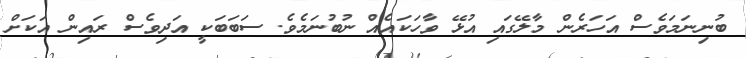
ބުނިނަމަވެސް އަހަރެން މާލޭގައި އުޅޭ ވާހަކައެއް ނުބުނަމެވެ. ސަބަބަކީ އަދިވެސް ރައިން އަކަށް